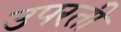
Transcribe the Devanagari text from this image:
उपरती